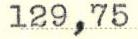
129,75